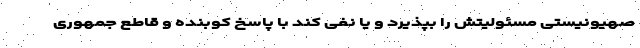
صهیونیستی مسئولیتش را بپذیرد و یا نفی کند با پاسخ کوبنده و قاطع جمهوری